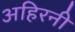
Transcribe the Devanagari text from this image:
अहिरनी